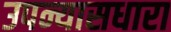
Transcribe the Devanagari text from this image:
उपन्यासधारा